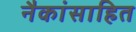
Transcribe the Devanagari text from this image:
नैकांसाहित